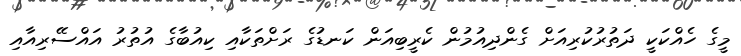
މީގެ ހެއްކަކީ ދަތުރުކުރިއަށް ގެންދިއުމުން ކެރީބިއަން ކަނޑުގެ ރަށްތަކާއި ކިއުބާގެ އުތުރު އައްސޭރިއާއި